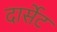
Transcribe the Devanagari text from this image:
दार्सेट